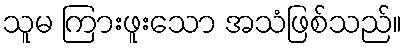
သူမ ကြားဖူးသော အသံဖြစ်သည်။